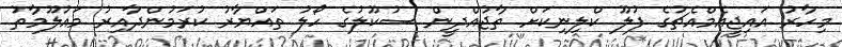
މިހާރު އައިޖީއެމްއެޗުގެ ފުލޫ ކްލިނިކަށް ތާޖުއްދީން ސުކޫލުގެ ހޯލު ތައްޔާރު ކުރަމުންދާއިރު މައުލޫމާތު